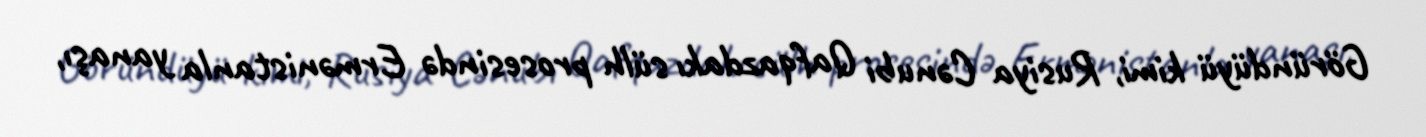
Göründüyü kimi, Rusiya Cənubi Qafqazdakı sülh prosesində Ermənistanla yanaşı,